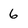
Character: 6